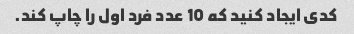
کدی ایجاد کنید که 10 عدد فرد اول را چاپ کند.